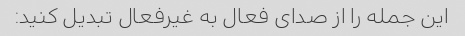
این جمله را از صدای فعال به غیرفعال تبدیل کنید: